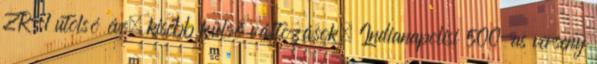
ZR-1 utolsó éve; kisebb külső változások; Indianapolisi 500-as verseny